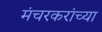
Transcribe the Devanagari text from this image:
मंचरकरांच्या